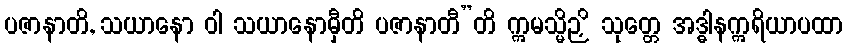
ပဇာနာတိ, သယာနော ဝါ သယာနောမှီတိ ပဇာနာတီ”တိ ဣမသ္မိဉှိ သုတ္တေ အဒ္ဓါနဣရိယာပထာ